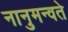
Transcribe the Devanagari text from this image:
नानुमन्वते